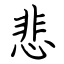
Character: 悲